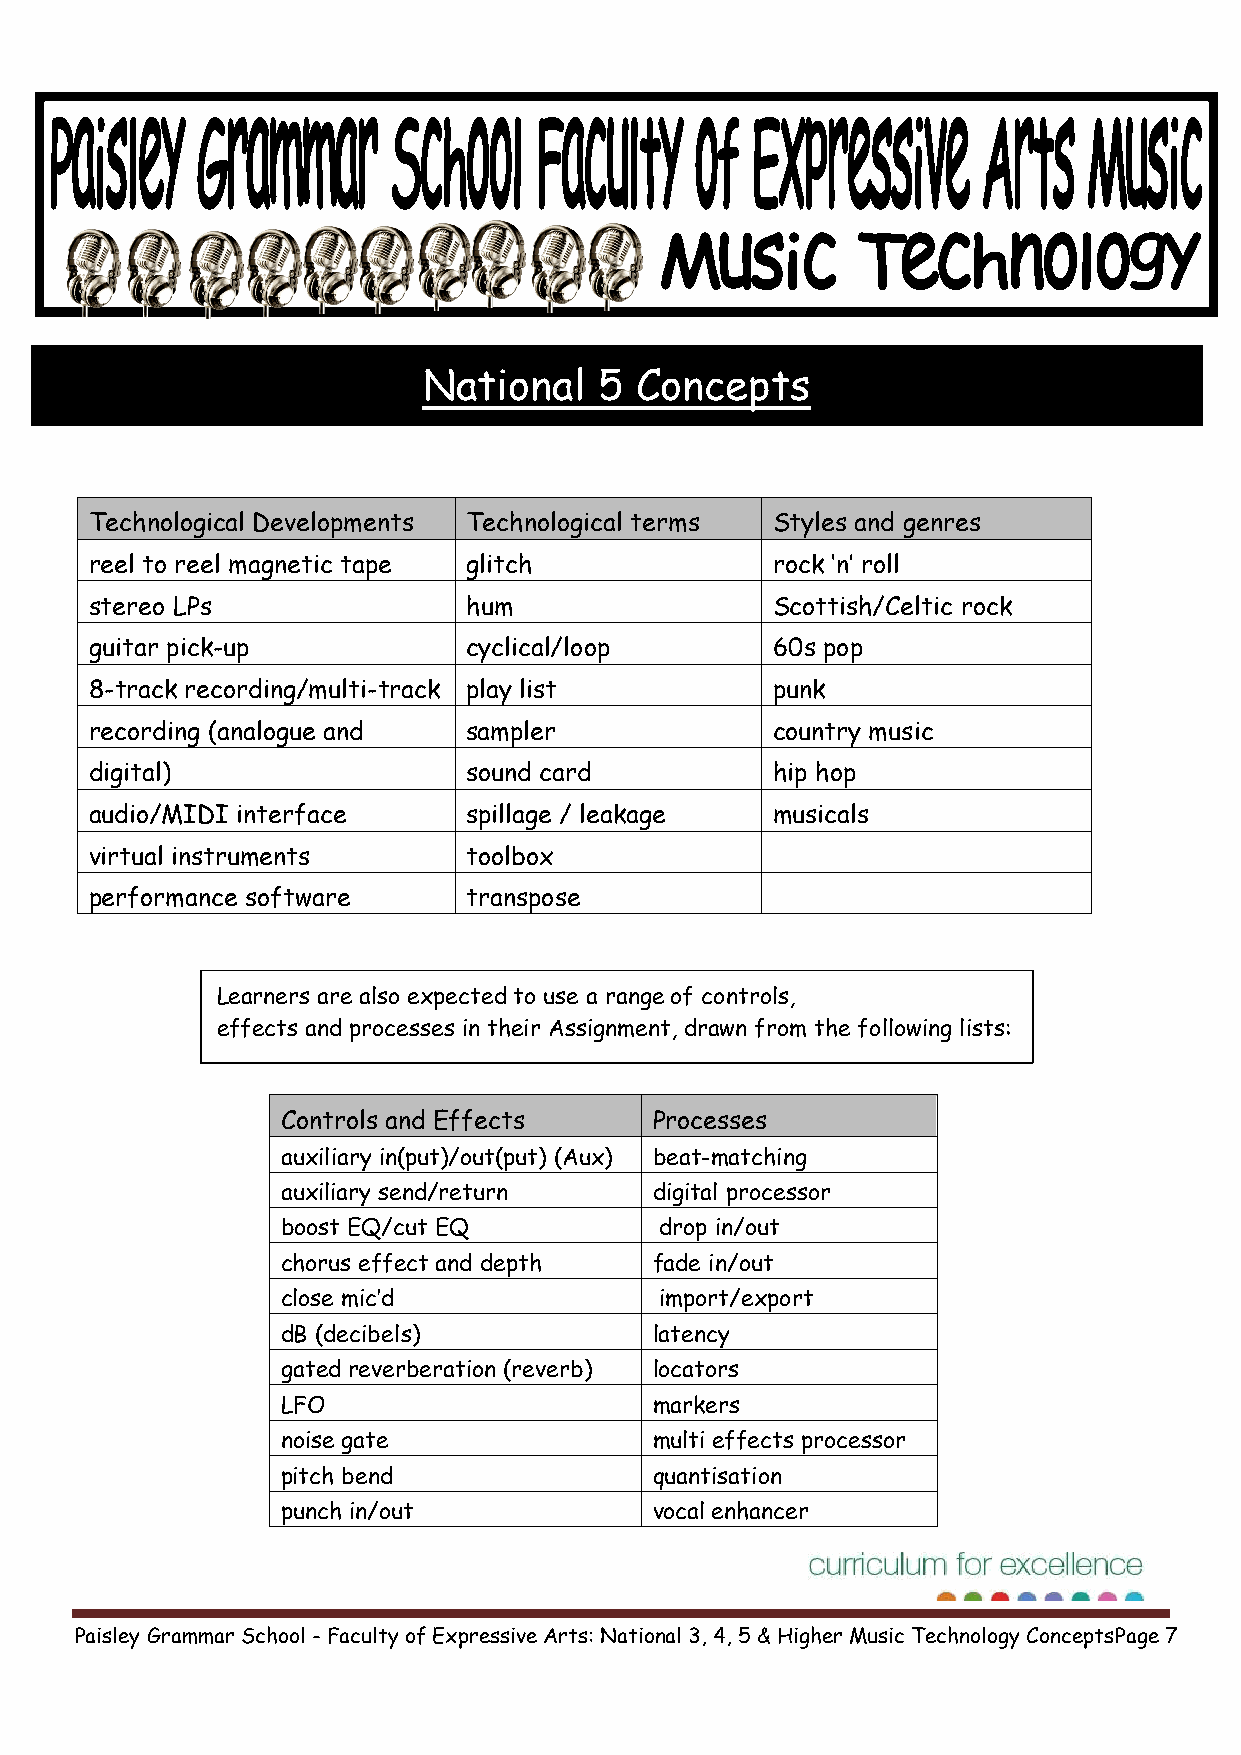
National    5 Concepts
 Technological Developments Technological terms Styles and genres
 reel to reel magnetic tape glitch            rock ‘n’ roll
 stereo LPs               hum                 Scottish/Celtic rock
 guitar pick-up           cyclical/loop       60s pop
 8-track recording/multi-track play list      punk
 recording (analogue and  sampler             country music
 digital)                 sound card          hip hop
 audio/MIDI interface     spillage / leakage  musicals
 virtual instruments      toolbox
 performance software     transpose
 Learners are also expected to use a range of controls,
 effects and processes in their Assignment, drawn from the following lists:
 Controls and Effects    Processes
 auxiliary in(put)/out(put) (Aux) beat-matching
 auxiliary send/return   digital processor
 boost EQ/cut EQ          drop in/out
 chorus effect and depth fade in/out
 close mic’d              import/export
 dB (decibels)           latency
 gated reverberation (reverb) locators
 LFO                     markers
 noise gate              multi effects processor
 pitch bend              quantisation
 punch in/out            vocal enhancer
 Paisley Grammar School - Faculty of Expressive Arts: National 3, 4, 5 & Higher Music Technology ConceptsPage 7